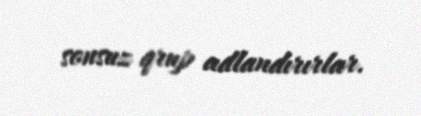
sonsuz qrup adlandırırlar.